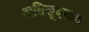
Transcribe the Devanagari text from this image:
अतिसूक्ष्माय